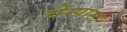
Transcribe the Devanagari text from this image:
चेम्पास्ट